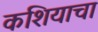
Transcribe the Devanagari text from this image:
कशियाचा